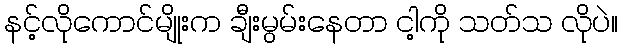
နင့်လိုကောင်မျိုးက ချီးမွမ်းနေတာ ငါ့ကို သတ်သ လိုပဲ။